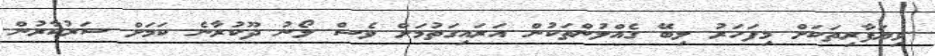
ވިޔަފާރިތަކަށް މިފަހަރު ލިބޭ ގެއްލުންތަކުން އަރައިގަތުމަށް ވެސް ލޯނު ދޫކުރާނެ ކަމަށް ސަރުކާރުން